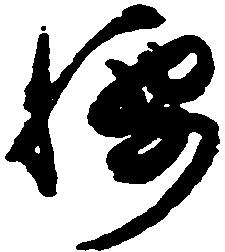
腰